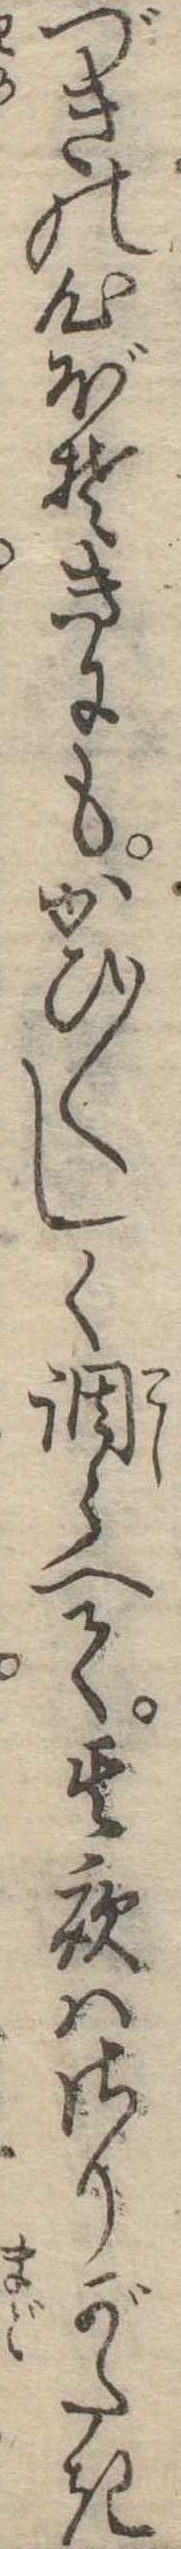
づきの心ぼそきにもかひ〱しく調らへて其夜はさりがたき